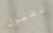
تتبول